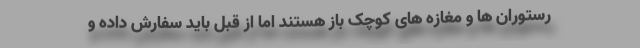
رستوران ها و مغازه های کوچک باز هستند اما از قبل باید سفارش داده و